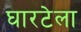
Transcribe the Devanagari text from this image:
घारटेला